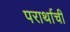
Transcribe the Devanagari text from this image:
परार्थाची